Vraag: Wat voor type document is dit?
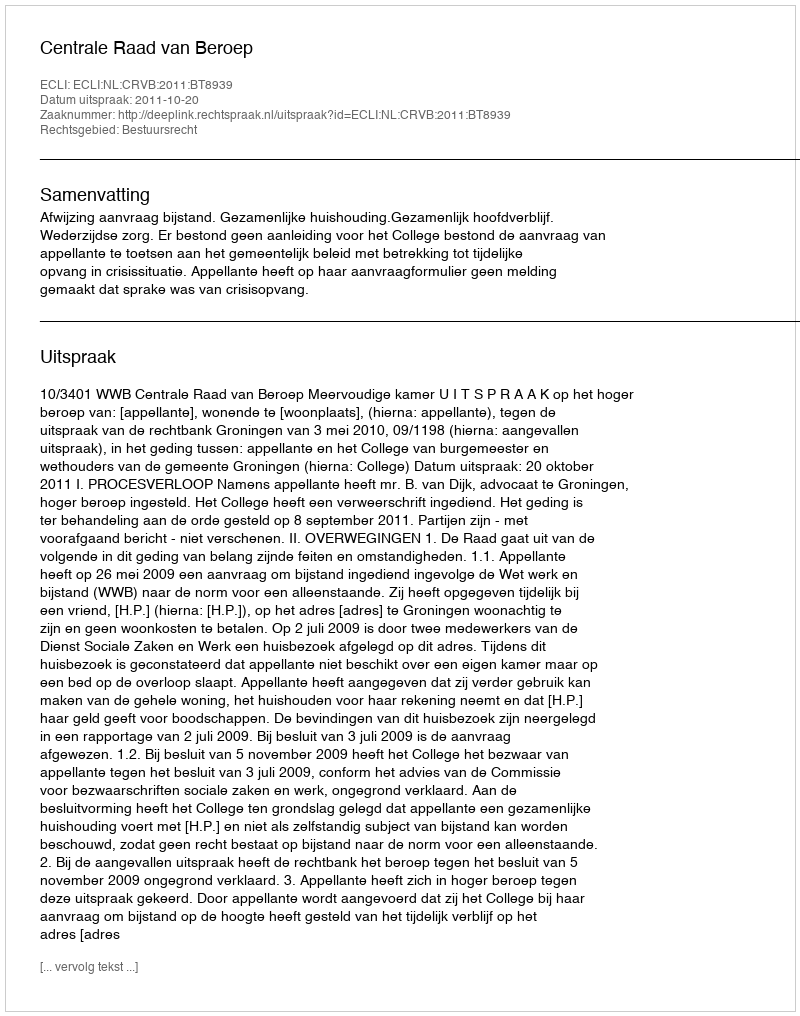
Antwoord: Uitspraak